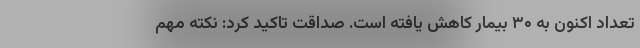
تعداد اکنون به ۳۰ بیمار کاهش یافته است. صداقت تاکید کرد: نکته مهم